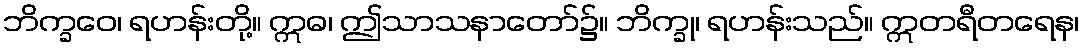
ဘိက္ခဝေ၊ ရဟန်းတို့။ ဣဓ၊ ဤသာသနာတော်၌။ ဘိက္ခု၊ ရဟန်းသည်။ ဣတရီတရေန၊